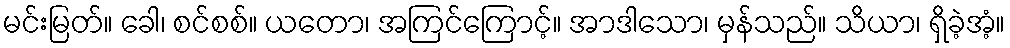
မင်းမြတ်။ ခေါ၊ စင်စစ်။ ယတော၊ အကြင်ကြောင့်။ အာဒါသော၊ မှန်သည်။ သိယာ၊ ရှိခဲ့အံ့။